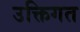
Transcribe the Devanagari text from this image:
उक्तिगत